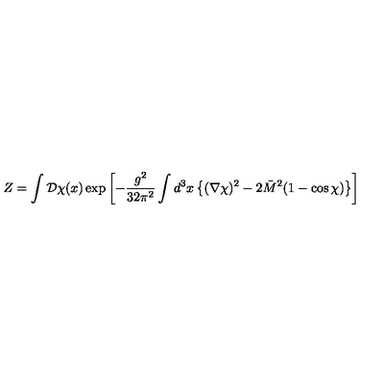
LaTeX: Z = \int { \cal D } \chi ( x ) \exp \left[ - { \frac { g ^ { 2 } } { 3 2 \pi ^ { 2 } } } \int d ^ { 3 } x \left\{ ( \nabla \chi ) ^ { 2 } - 2 \bar { M } ^ { 2 } ( 1 - \cos \chi ) \right\} \right]